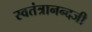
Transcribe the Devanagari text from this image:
स्वतंत्रानन्दजी